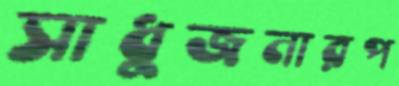
সাধুজনারপ